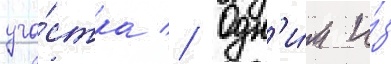
уча́стка // Одн'и́м и́з